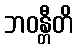
ဘဝန္တီတိ